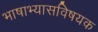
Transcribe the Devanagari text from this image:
भाषाभ्यासविषयक